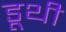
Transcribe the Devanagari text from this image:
डूथी